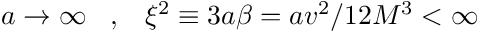
a \rightarrow \infty \, \, \, \, \, , \, \, \, \, \, \xi ^ { 2 } \equiv 3 a \beta = a v ^ { 2 } / 1 2 M ^ { 3 } < \infty